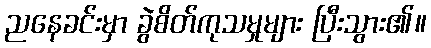
ညနေခင်းမှာ ခွဲစိတ်ကုသမှုများ ပြီးသွား၏။